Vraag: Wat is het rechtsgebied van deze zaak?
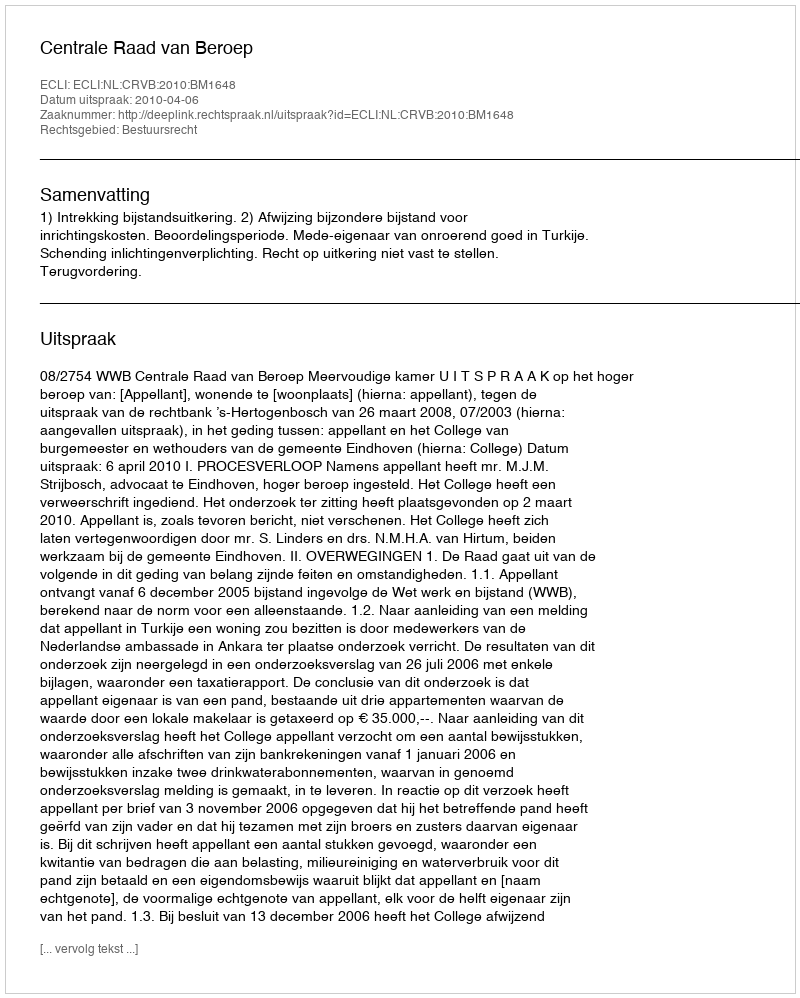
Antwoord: Bestuursrecht